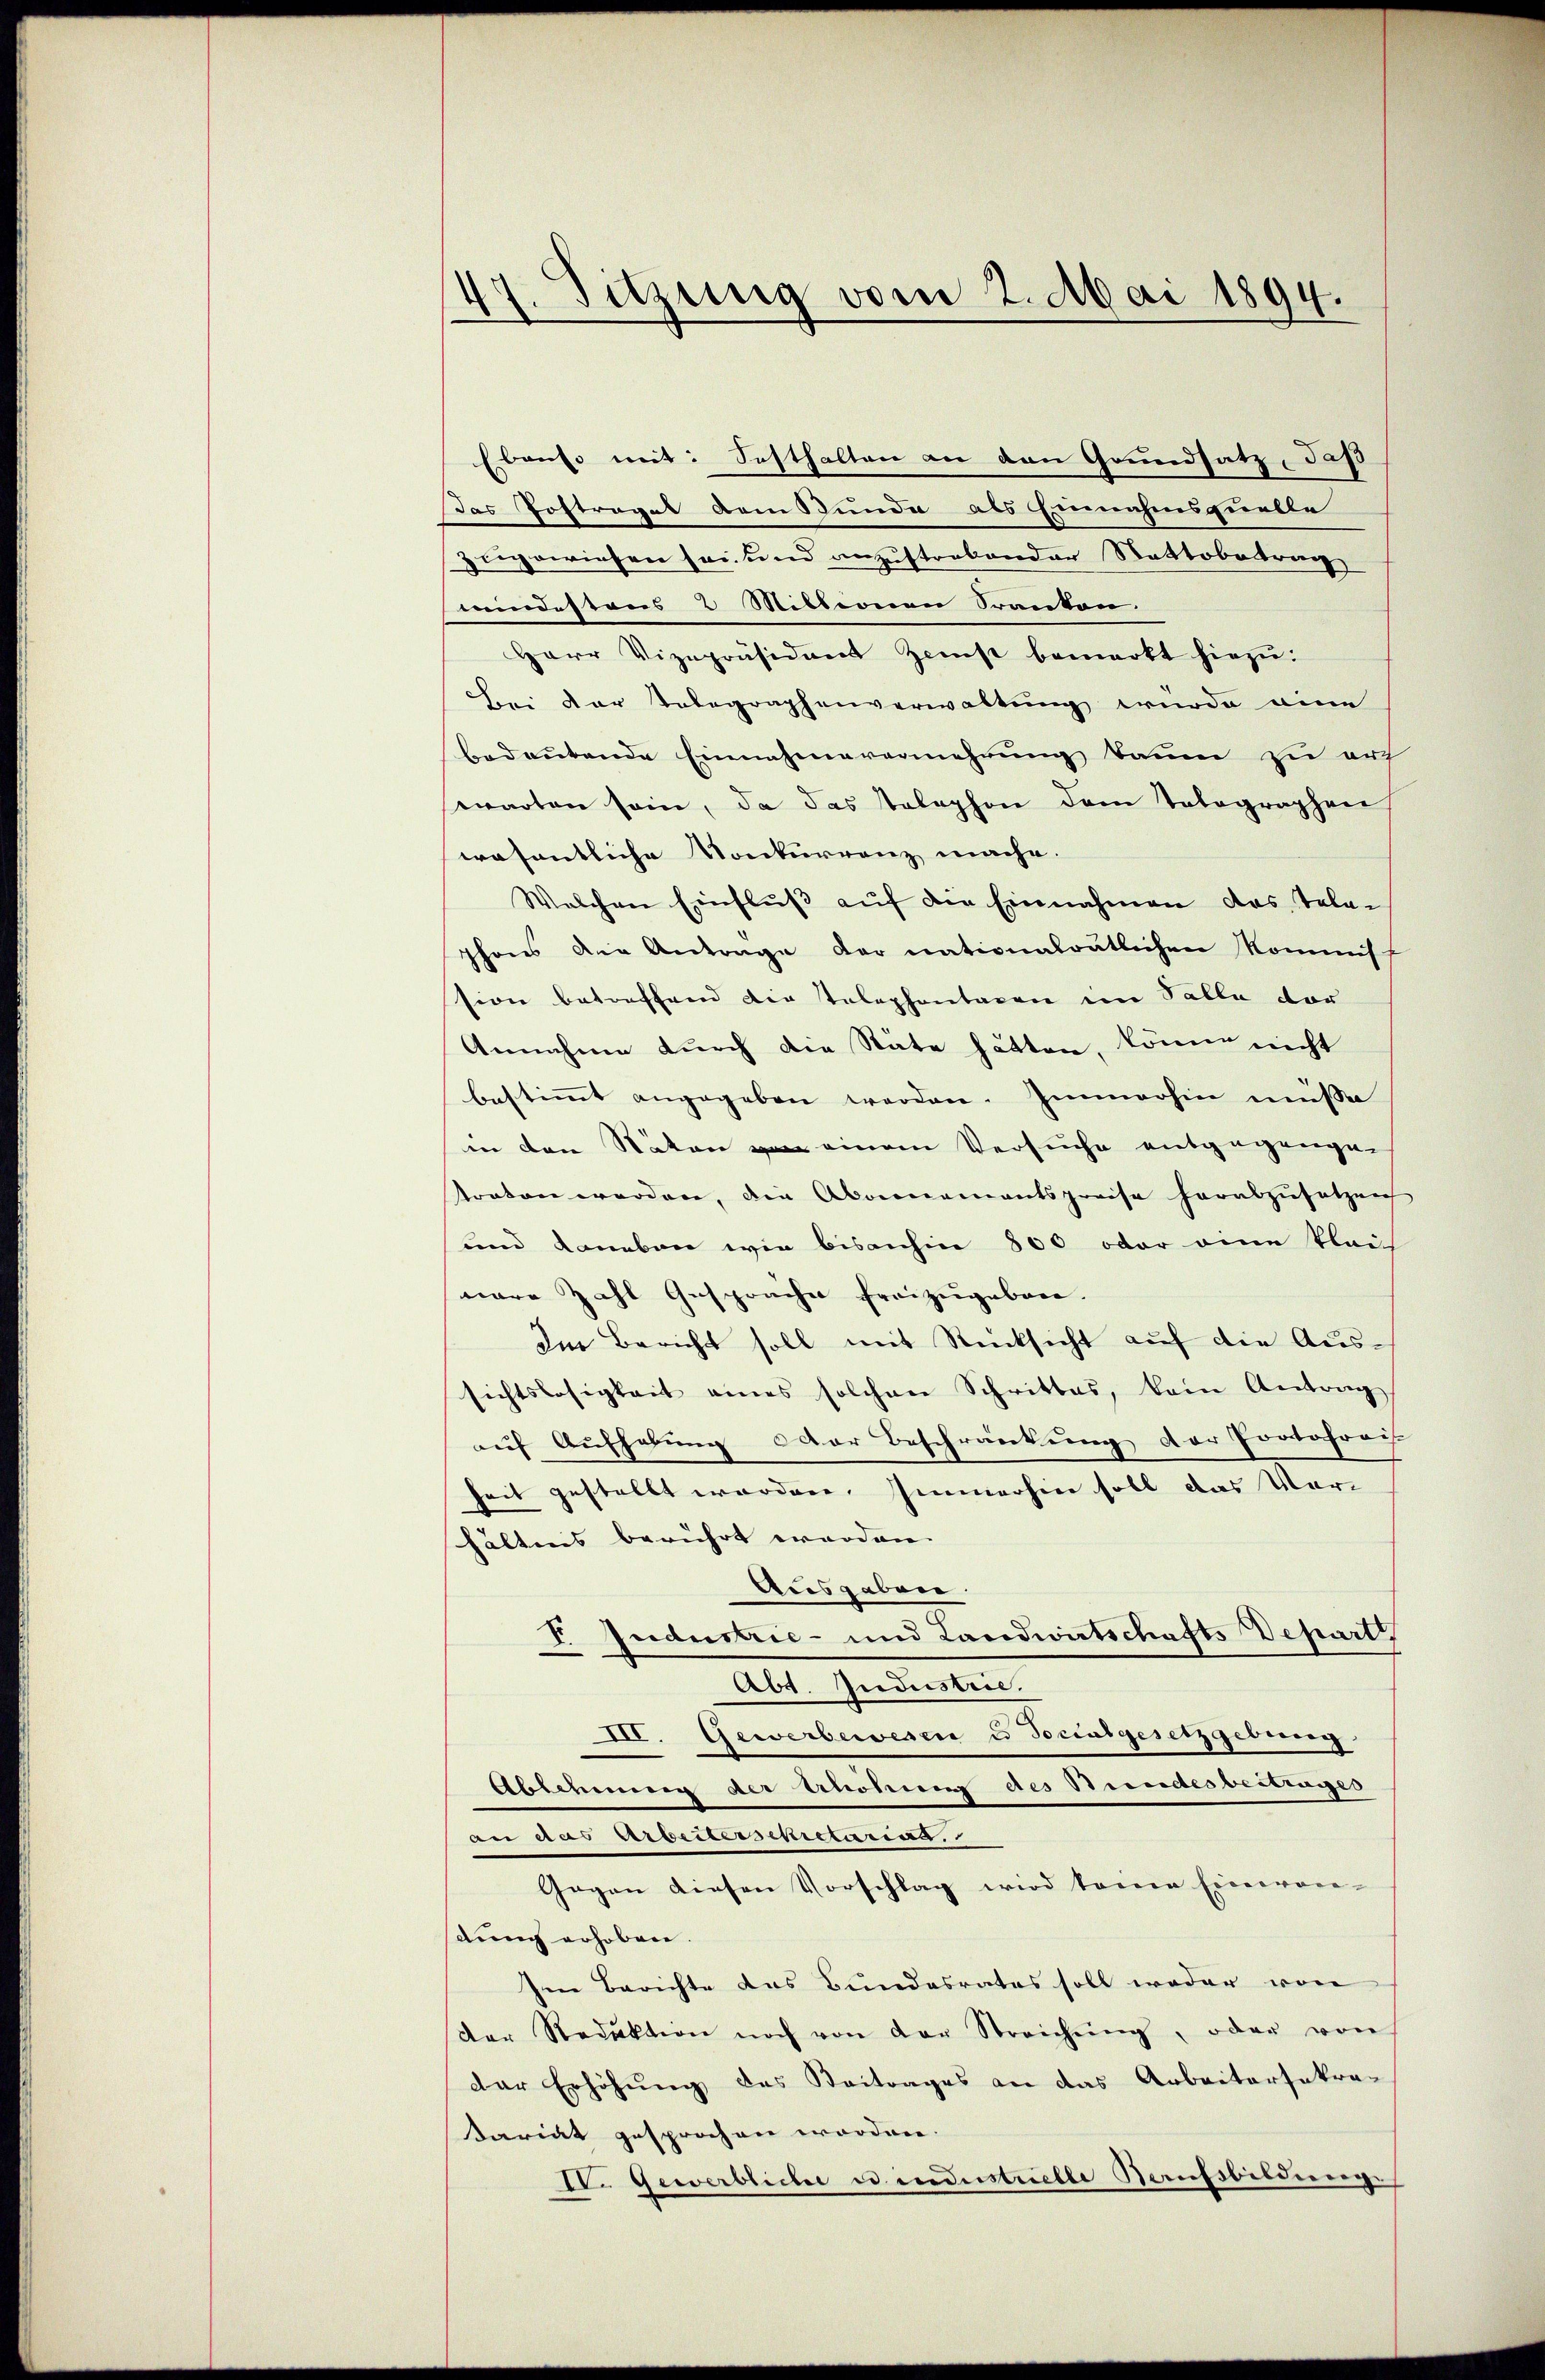
47. Sitzung vom 2. Mai 1894.

Ebenso mit: Sosthalten an den Grundsatz, daß
das Postraget dem Bunde als Einnahmsquelle
zugewiesen sei und anzustrebender Stattobetrag
mindestons 8 Mitternen Pranton
Herr Vizepräsident Zinst bemerkt hiezu.
Bei der Telegraphenverwaltung wurde eine
bedeutende Einnahmevermehrung kaum zu ers
warten sein, da das telephon dem Telegraphen
wesentliche Konkurrenz mache.
Welchen Einflŭβ aŭf die Einnahmen das Tele-
phons den Antrage der nationalrätlichen Kommiss
sion betreffend die telephontagen im Talle vor
Annahme durch die Stäte hätten, könne nicht
bestimmt angegeben werden. Immerhin müße
in den Naton von einem Versuche entgegangen
traten werden, die Abonnementspreise herabzŭsetzen
und daneben wie bisanhin 800 oder eine Plaich
nare Zahl Gesprache Freizugeben.
der Bericht soll mit Rücksicht auf die Aussichtslosigkeit eines solchen Schrittes, kein Antrag
auf Aufhebung oder Beschränkung der Portofrech
heit gestellt worden. Immerhin soll das Verhältnis berührt worden. |
Ausgaben.
V. Industrie- und Landwirtschafts Depart
Abt. Industrie.
III. Gewerberwesen u Socialgesetzgeberen
Eblehnung der Erhöhung des Bundesbeitrages
an aus Arbeitersekretarias.
Gegen diesen Vorschlag wird seine Einwor-
durch erhoben
Ien Berichte das Bundesrates soll weder von
der Reduktion noch von der Streichŭng, oder von
der Erhöhung des Beitrages an das Arbeitersakra-
Dariat gesprochen worden.
IV. Gewerbliche u industrielle Kaufsbildunge